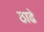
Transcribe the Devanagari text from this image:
ठाढे